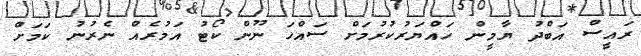
ރައީސް އަބްދު ޔާމީން ހައްޔަރުކުރުމަށް ސައްހަ ނޫން ކޯޓު އަމުރެއް ނެރުނު ކަމަށް